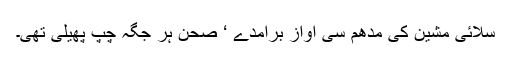
سلائی مشین کی مدھم سی آواز برآمدے ‘ صحن ہر جگہ چپ پھیلی تھی۔